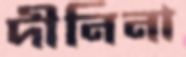
দীনিনা